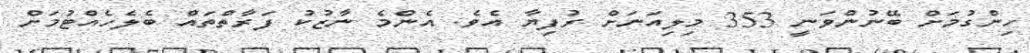
ހިންގުމަށް ބޭނުންވަނީ 353 މިލިއަނަށް ރުފިޔާ އެވެ. އެންމެ ނާޒުކު ފަރާތްތައް ބެލެހެއްޓުމަށް